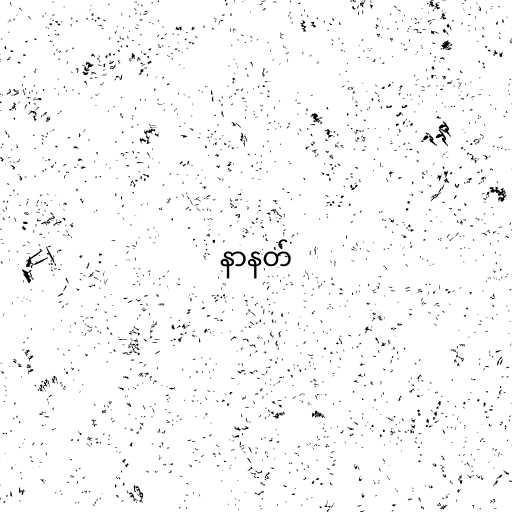
နာနတ်